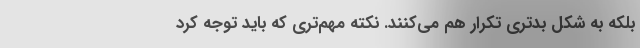
بلکه به شکل بدتری تکرار هم می‌کنند. نکته مهم‌تری که باید توجه کرد